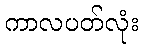
ကာလပတ်လုံး